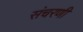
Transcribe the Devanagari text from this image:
संचरणी